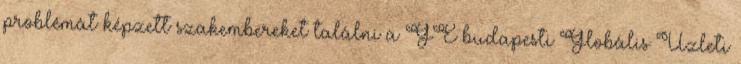
problémát képzett szakembereket találni a GE budapesti Globális Üzleti